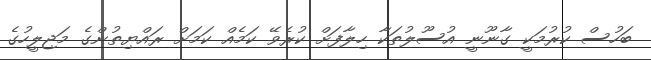
ބަހުސް ކުރުމަކީ ގާނޫނީ އުސޫލުތަކާ ހިލާފަށް ކުރެވޭ ކަމެއް ކަމަށް ރައްޔިތުންގެ މަޖިލީހުގެ